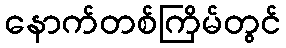
နောက်တစ်ကြိမ်တွင်